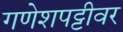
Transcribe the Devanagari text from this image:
गणेशपट्टीवर